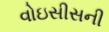
વોઇસીસની